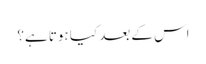
اس کے بعد کیا ہوتا ہے؟